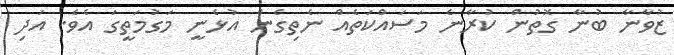
ޒުވާނާ ބުނާ ގޮތުން ކުރާނެ މަސައްކަތެއް ނެތިގެން އުޅެނީ މަގުމަތީގަ އެވެ. އަދި